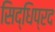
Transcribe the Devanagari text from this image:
सिद्धिप्रद